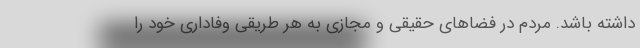
داشته باشد. مردم در فضاهای حقیقی و مجازی به هر طریقی وفاداری خود را